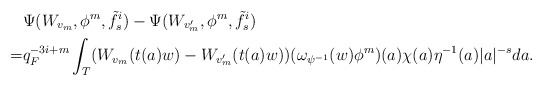
\begin{align*}&\Psi(W_{v_m},\phi^m,\tilde f_s^i)-\Psi(W_{v_m'}, \phi^m, \tilde f_s^i)\\=& q_F^{-3i+m}\int_{T}( W_{v_m}(t(a)w)-W_{v_m'}(t(a)w))(\omega_{\psi^{-1}}(w)\phi^m)(a)\chi(a)\eta^{-1}(a)|a|^{-s} da.\end{align*}